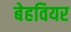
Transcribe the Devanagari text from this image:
बेहवियर